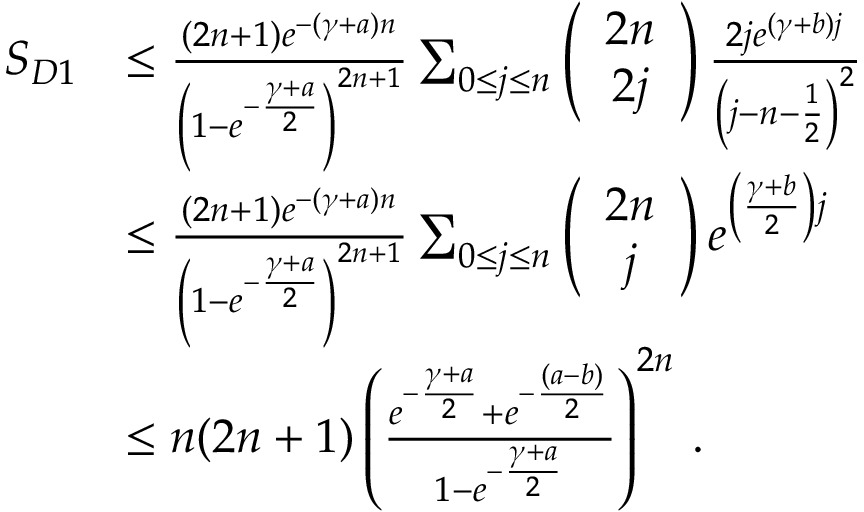
\begin{array} { r l } { S _ { D 1 } } & { \le \frac { ( 2 n + 1 ) e ^ { - ( \gamma + a ) n } } { \left( 1 - e ^ { - \frac { \gamma + a } { 2 } } \right) ^ { 2 n + 1 } } \sum _ { 0 \le j \le n } \left( \begin{array} { c } { 2 n } \\ { 2 j } \end{array} \right) \frac { 2 j e ^ { ( \gamma + b ) j } } { \left( j - n - \frac { 1 } { 2 } \right) ^ { 2 } } } \\ & { \le \frac { ( 2 n + 1 ) e ^ { - ( \gamma + a ) n } } { \left( 1 - e ^ { - \frac { \gamma + a } { 2 } } \right) ^ { 2 n + 1 } } \sum _ { 0 \le j \le n } \left( \begin{array} { c } { 2 n } \\ { j } \end{array} \right) e ^ { \left( \frac { \gamma + b } { 2 } \right) j } } \\ & { \le n ( 2 n + 1 ) \left( \frac { e ^ { - \frac { \gamma + a } { 2 } } + e ^ { - \frac { ( a - b ) } { 2 } } } { 1 - e ^ { - \frac { \gamma + a } { 2 } } } \right) ^ { 2 n } \, . } \end{array}